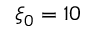
\xi _ { 0 } = 1 0